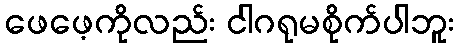
ဖေဖေ့ကိုလည်း ငါဂရုမစိုက်ပါဘူး